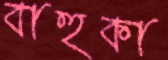
বাহুকা